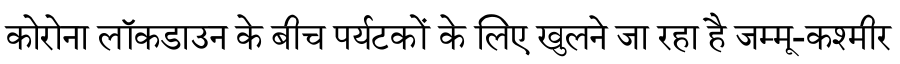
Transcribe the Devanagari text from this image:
कोरोना लॉकडाउन के बीच पर्यटकों के लिए खुलने जा रहा है जम्मू-कश्मीर